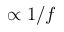
\propto 1 / f